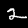
Digit: 2